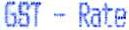
GST - RATE